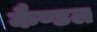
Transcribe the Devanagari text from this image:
कैण्डल